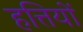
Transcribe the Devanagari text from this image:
हत्तियों